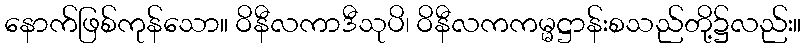
နောက်ဖြစ်ကုန်သော။ ဝိနီလကာဒီသုပိ၊ ဝိနီလကကမ္မဋ္ဌာန်းစသည်တို့၌လည်း။